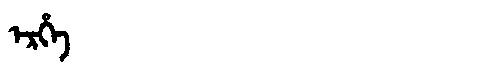
Manchu: ᡝᡵᡥᡝ
Romanization: ERHE